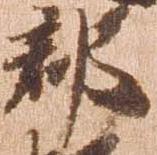
郡